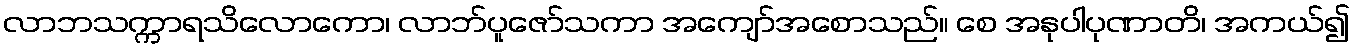
လာဘသက္ကာရသိလောကော၊ လာဘ်ပူဇော်သကာ အကျော်အစောသည်။ စေ အနုပါပုဏာတိ၊ အကယ်၍